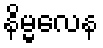
နိမ္မလေန